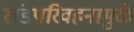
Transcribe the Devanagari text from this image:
खंडपरिवहनामुळे